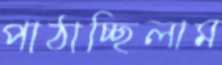
পাঠাচ্ছিলাম